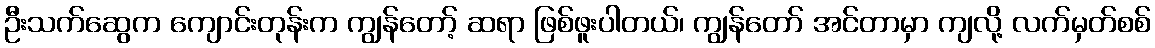
ဦးသက်ဆွေက ကျောင်းတုန်းက ကျွန်တော့် ဆရာ ဖြစ်ဖူးပါတယ်၊ ကျွန်တော် အင်တာမှာ ကျလို့ လက်မှတ်စစ်